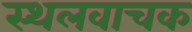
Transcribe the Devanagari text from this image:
स्थलवाचक